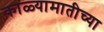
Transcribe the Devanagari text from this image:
काळ्यामातीच्या